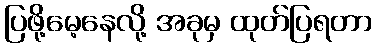
ပြဖို့မေ့နေလို့ အခုမှ ထုတ်ပြရတာ